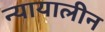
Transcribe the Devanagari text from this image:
न्यायालीन